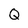
Character: Q